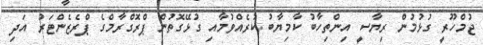
ޖުމްހޫރީ ގުޅުމުން ރިޔާސީ އިންތިހާބު ކާމިޔާބު ކުރެއްވުމާއި ގުޅޭގޮތުން ޕްރޮގްރާމްގެ ޕްރެޒެންޓަރު އަދި